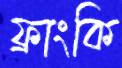
ফ্রাংকি